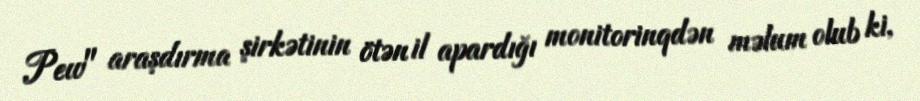
Pew" araşdırma şirkətinin ötən il apardığı monitorinqdən məlum olub ki,